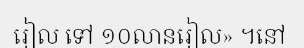
រៀល ទៅ ១០លានរៀល» ។នៅ